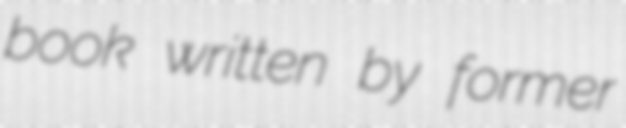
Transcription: book written by former